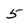
Character: 5